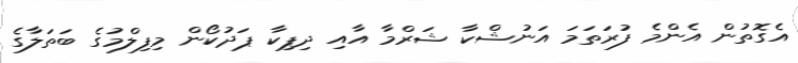
އެގޮތުން އެންމެ ފުރަތަމަ އަނުޝްކާ ޝަރްމާ އާއި ދިޕިކާ ޕަދުކޯން މިފިލްމުގެ ބަތަލާގެ